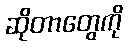
ဆိုတာတွေကို